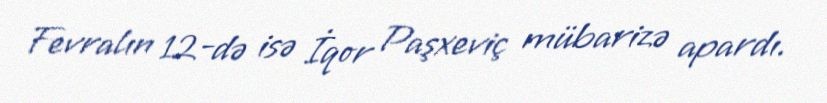
Fevralın 12-də isə İqor Paşxeviç mübarizə apardı.